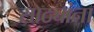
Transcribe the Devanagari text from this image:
साठ्यांना